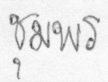
ชุมพร